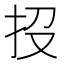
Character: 𢪩